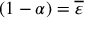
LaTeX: ( { 1 - \alpha } ) = { \overline { { \varepsilon } } }